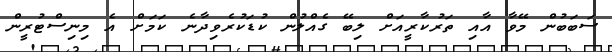
ސަބަބުން މޭވާ އާއި ތަރުކާރީއަށް ލިބޭ ގެއްލުން ކުޑަކުރެވިދާނެ ކަމަށް އެ މިނިސްޓުރީން